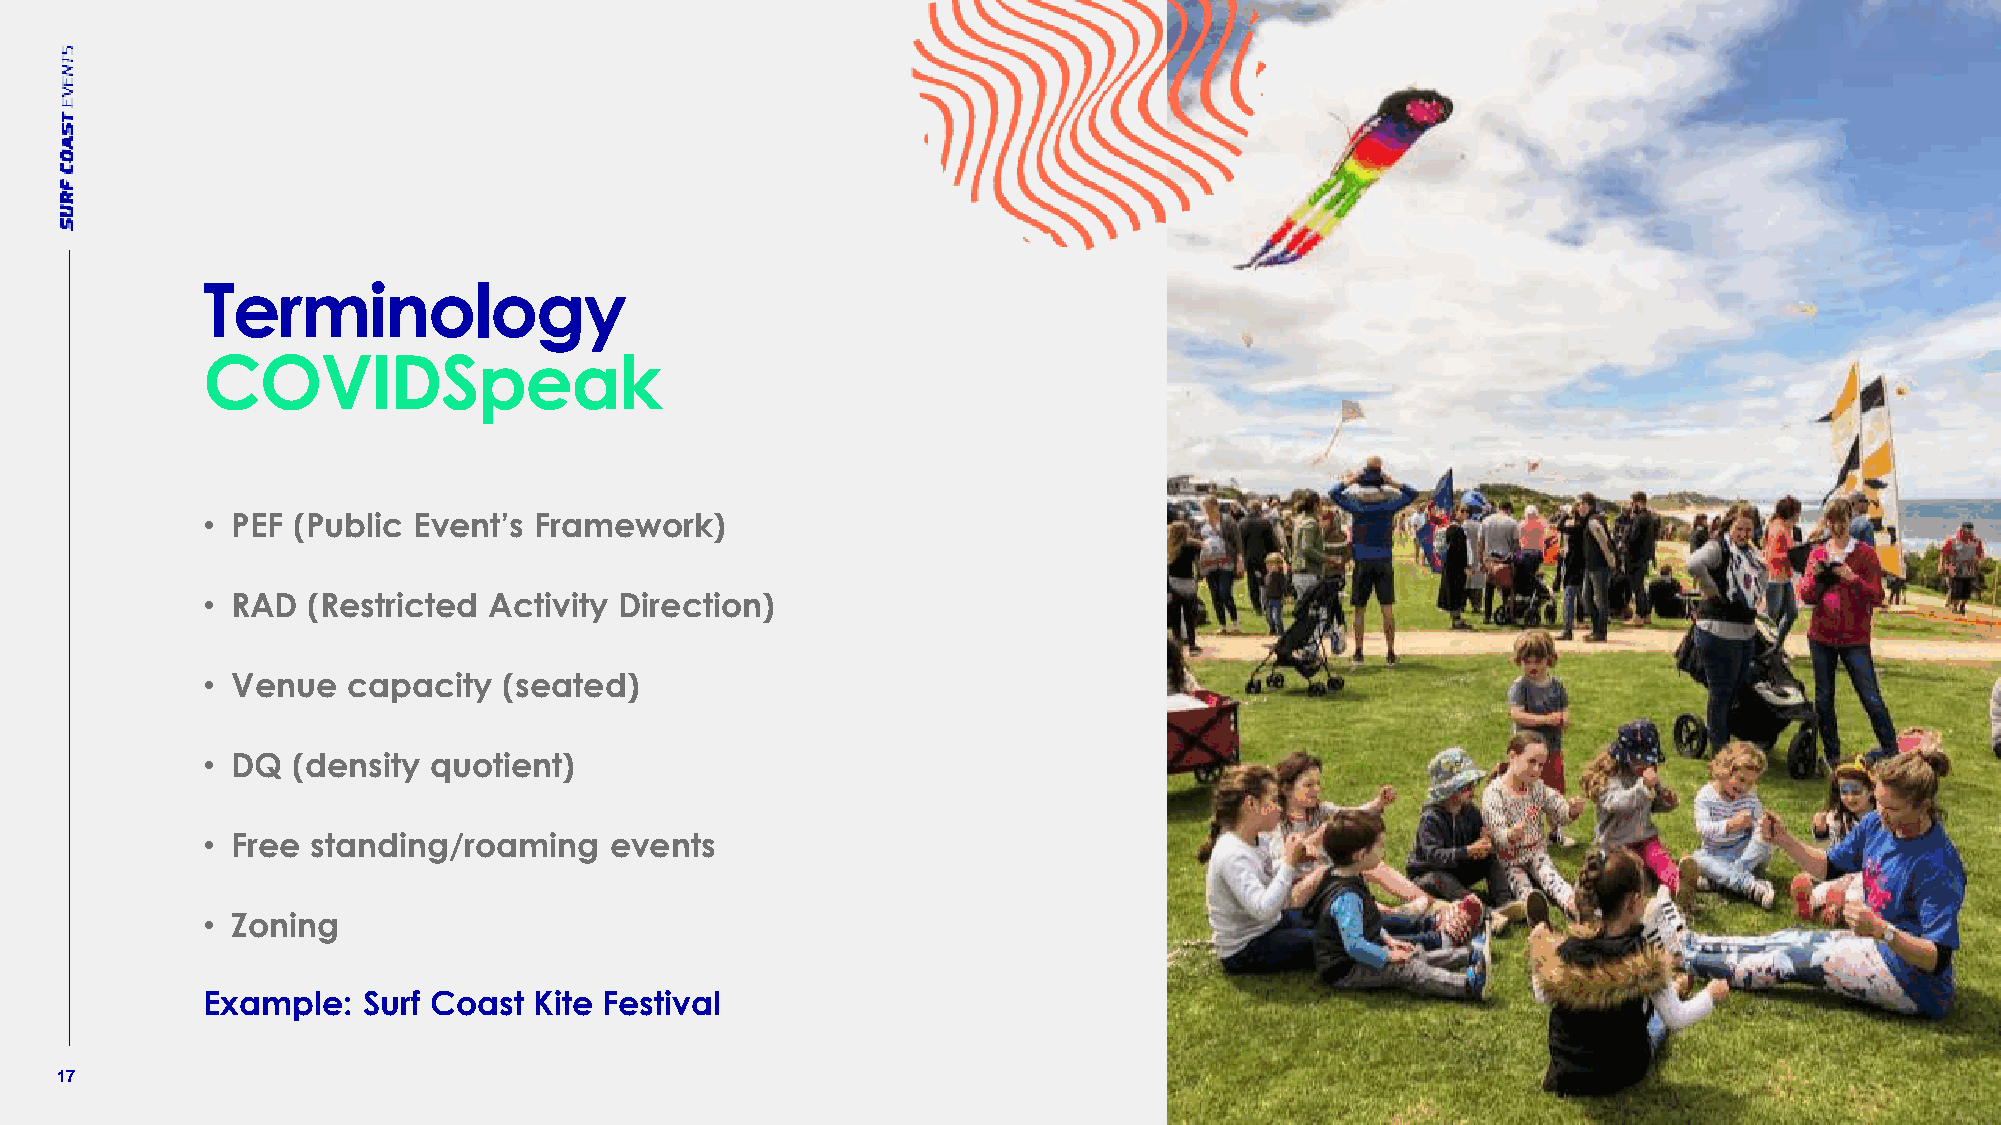
Terminology
 COVIDSpeak
 • PEF (Public Event’s Framework)
 • RAD  (Restricted Activity Direction)
 • Venue   capacity  (seated)
 • DQ  (density quotient)
 • Free  standing/roaming   events
 • Zoning
 Example:   Surf Coast Kite Festival
 17